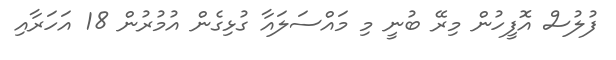
ފުލުސް އޮފީހުން މިރޭ ބުނީ މި މައްސަލައާ ގުޅިގެން އުމުރުން 18 އަހަރާއި